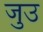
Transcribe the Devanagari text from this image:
जुउ